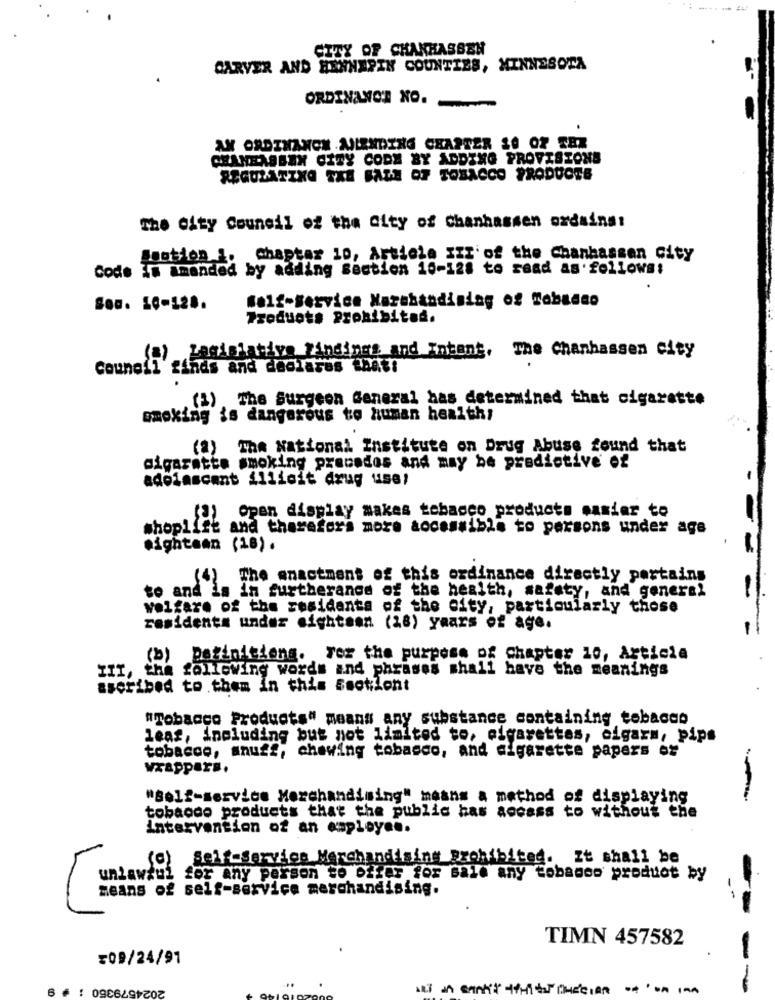
CITY OF CHANHASSEN
CARVER AND HENNEPIN COUNTIES, MINNESOTA
ORDINANCE NO.
AN ORDINANON AULENDING CHARTER 10 OF SEX
CHAMEASBEN CITY CODE BY ADDING PROVISIONS
REGULATING TXE FATE OF TOBACCO PRODUCTS
The city Council of the City of chanhassen ordains:
motion 1. chapter 10, Article III' of the Chanhassen city
Code Im amended by adding Section 10-128 to saad as follows:
Son. 10-128.
Self-Service Narabandising of Tobacco
Products Prohibited.
zaginiativa findings and Intang, The Chanhassen city
council finds and declares $hat!
(3) The Surgeon General has determined that cigarette
smoking is dangerous to human health;
(a) The National Institute on Drug Abuse found that
cigarette smoking precodos and may be predictive of
adolascant illicit drug use!
open display makes tobacco products mamier to
shoplist and therefora more accessible to persons under age
eighteen (18).
(4)The enactment of this ordinance directly pertains
to and la in surtherange of the health, safety, and general
welfare of the residents of the city, particularly those
residents under eighteen (18) years of age.
(b) perinitions. For the purpose of Chapter 10, Article
III, the following words and phrases shall have the meanings
ssoribed to them in this Ssotlont
"Tobacco Products" means any substance containing tobacco
leaf, including but not limited to, cigarettes, elgarn, pips
tobacco, snuff, chewing tobacco, and cigarette papers os
wrappers.
"self-service Merchandising" means a method of displaying
tobacco products that the public has access to without the
intervention of an employee.
Self-Service Merchandising prohibited. It shall be
unlawful for any person to offer for sale any tobacco product by
means of self-service merchandising.
TIMN 457582
:09/24/91
2024579350 : #
ART in sankt with auce, on
-- -